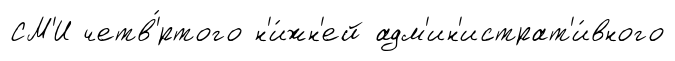
СМ'И четв'́ртого н'и́жн'ей адм'ин'истрат'и́вного